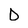
Character: D